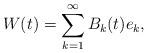
LaTeX: \begin{align*} W(t) = \sum_{k=1}^\infty B_k(t) e_k,\end{align*}